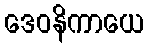
ဒေဝနိကာယေ